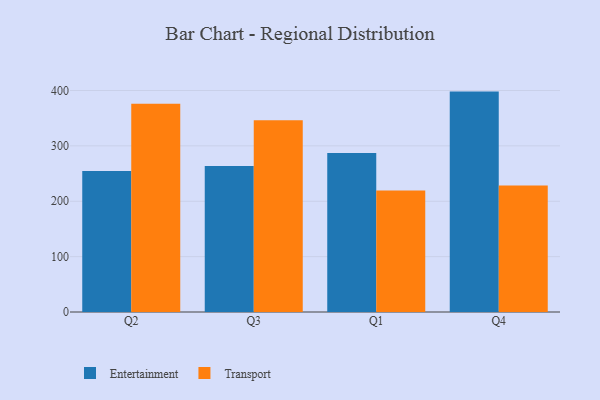
{"axis": {"x": "Quarter", "y": "Market Share (%)"}, "legend": ["Entertainment", "Transport"], "data": [{"x": "Q2", "y": 254.6, "type": "Entertainment"}, {"x": "Q2", "y": 376.0, "type": "Transport"}, {"x": "Q3", "y": 263.5, "type": "Entertainment"}, {"x": "Q3", "y": 346.1, "type": "Transport"}, {"x": "Q1", "y": 287.0, "type": "Entertainment"}, {"x": "Q1", "y": 219.2, "type": "Transport"}, {"x": "Q4", "y": 398.0, "type": "Entertainment"}, {"x": "Q4", "y": 228.5, "type": "Transport"}]}